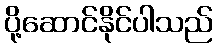
ပို့ဆောင်နိုင်ပါသည်